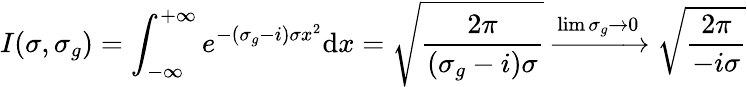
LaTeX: I(\sigma,\sigma_{g})=\int_{-\infty}^{+\infty}e^{-(\sigma_{g}-i)\sigma x^{2}}\mathrm{d}x=\sqrt{\frac{2\pi}{(\sigma_{g}-i)\sigma}}\xrightarrow{\operatorname*{lim}{\sigma_{g}\rightarrow 0}}\sqrt{\frac{2\pi}{-i\sigma}}